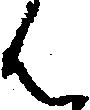
ん